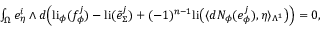
\begin{array} { r } { \int _ { \Omega } e _ { \eta } ^ { i } \wedge d \Big ( \mathrm { l i } _ { \phi } ( f _ { \phi } ^ { j } ) - \mathrm { l i } ( \tilde { e } _ { \Sigma } ^ { j } ) + ( - 1 ) ^ { n - 1 } \mathrm { l i } \big ( \langle d N _ { \phi } ( e _ { \phi } ^ { j } ) , \eta \rangle _ { \Lambda ^ { 1 } } \big ) \Big ) = 0 , } \end{array}